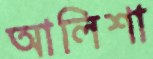
আলিশা